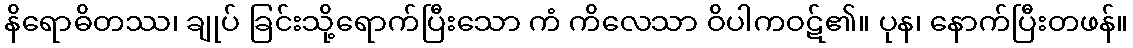
နိရောဓိတဿ၊ ချုပ် ခြင်းသို့ရောက်ပြီးသော ကံ ကိလေသာ ဝိပါကဝဋ်၏။ ပုန၊ နောက်ပြီးတဖန်။